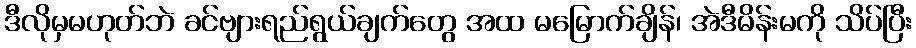
ဒီလိုမှမဟုတ်ဘဲ ခင်ဗျားရည်ရွယ်ချက်တွေ အထ မမြောက်ချိန်၊ အဲဒီမိန်းမကို သိပ်ပြီး